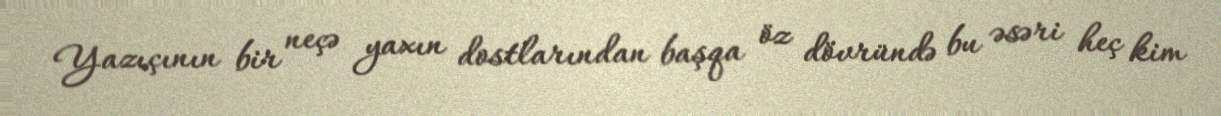
Yazıçının bir neçə yaxın dostlarından başqa öz dövründə bu əsəri heç kim